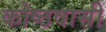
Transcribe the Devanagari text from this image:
कोष्ठवासी